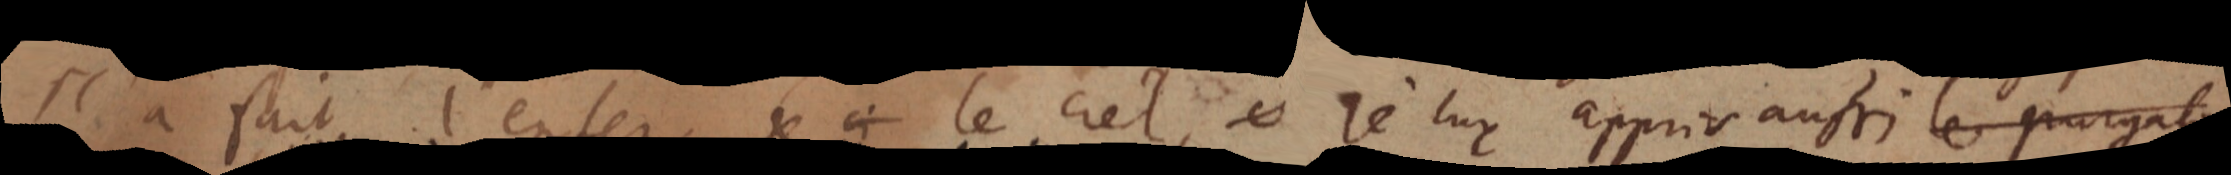
Il a fait l’enfer, et le ciel, je luy appris aussi le purgator